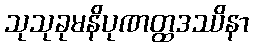
သုသုခုမနိပုဏတ္ထဒဿိနာ